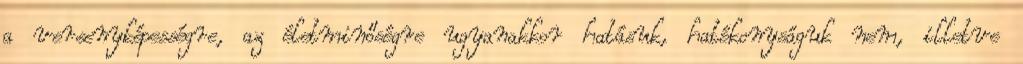
a versenyképességre, az életminőségre ugyanakkor hatásuk, hatékonyságuk nem, illetve